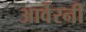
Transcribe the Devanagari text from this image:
आर्वेरनी